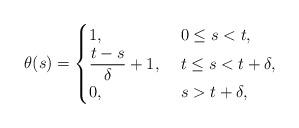
LaTeX: \begin{align*}\theta(s) = \begin{cases} 1, & \ 0 \leq s< t, \\\displaystyle{\frac{t-s}{\delta} + 1}, & \ t \leq s < t+ \delta, \\0, & \ s > t+ \delta,\end{cases}\end{align*}